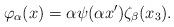
LaTeX: \begin{align*} \varphi_\alpha(x) = \alpha \psi(\alpha x') \zeta_\beta(x_3). \end{align*}